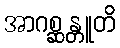
အာဂစ္ဆန္တူတိ